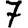
Digit: 7